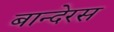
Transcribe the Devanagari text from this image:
बान्देरस